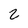
Character: 2